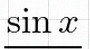
\sin x